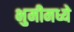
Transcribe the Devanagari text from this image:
भुमीमध्ये